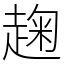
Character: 趜